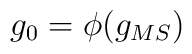
g_0=\phi(g_{MS})